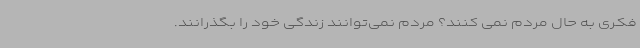
فکری به حال مردم نمی کنند؟ مردم نمی‌توانند زندگی خود را بگذرانند.